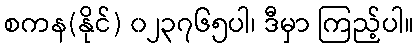
စကန(နိုင်) ၀၂၃၇၆၅ပါ၊ ဒီမှာ ကြည့်ပါ။